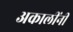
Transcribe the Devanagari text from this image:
अकालींनी